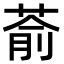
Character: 萮